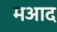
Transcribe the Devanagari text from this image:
मआद